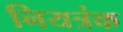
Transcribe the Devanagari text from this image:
नियत्रंक